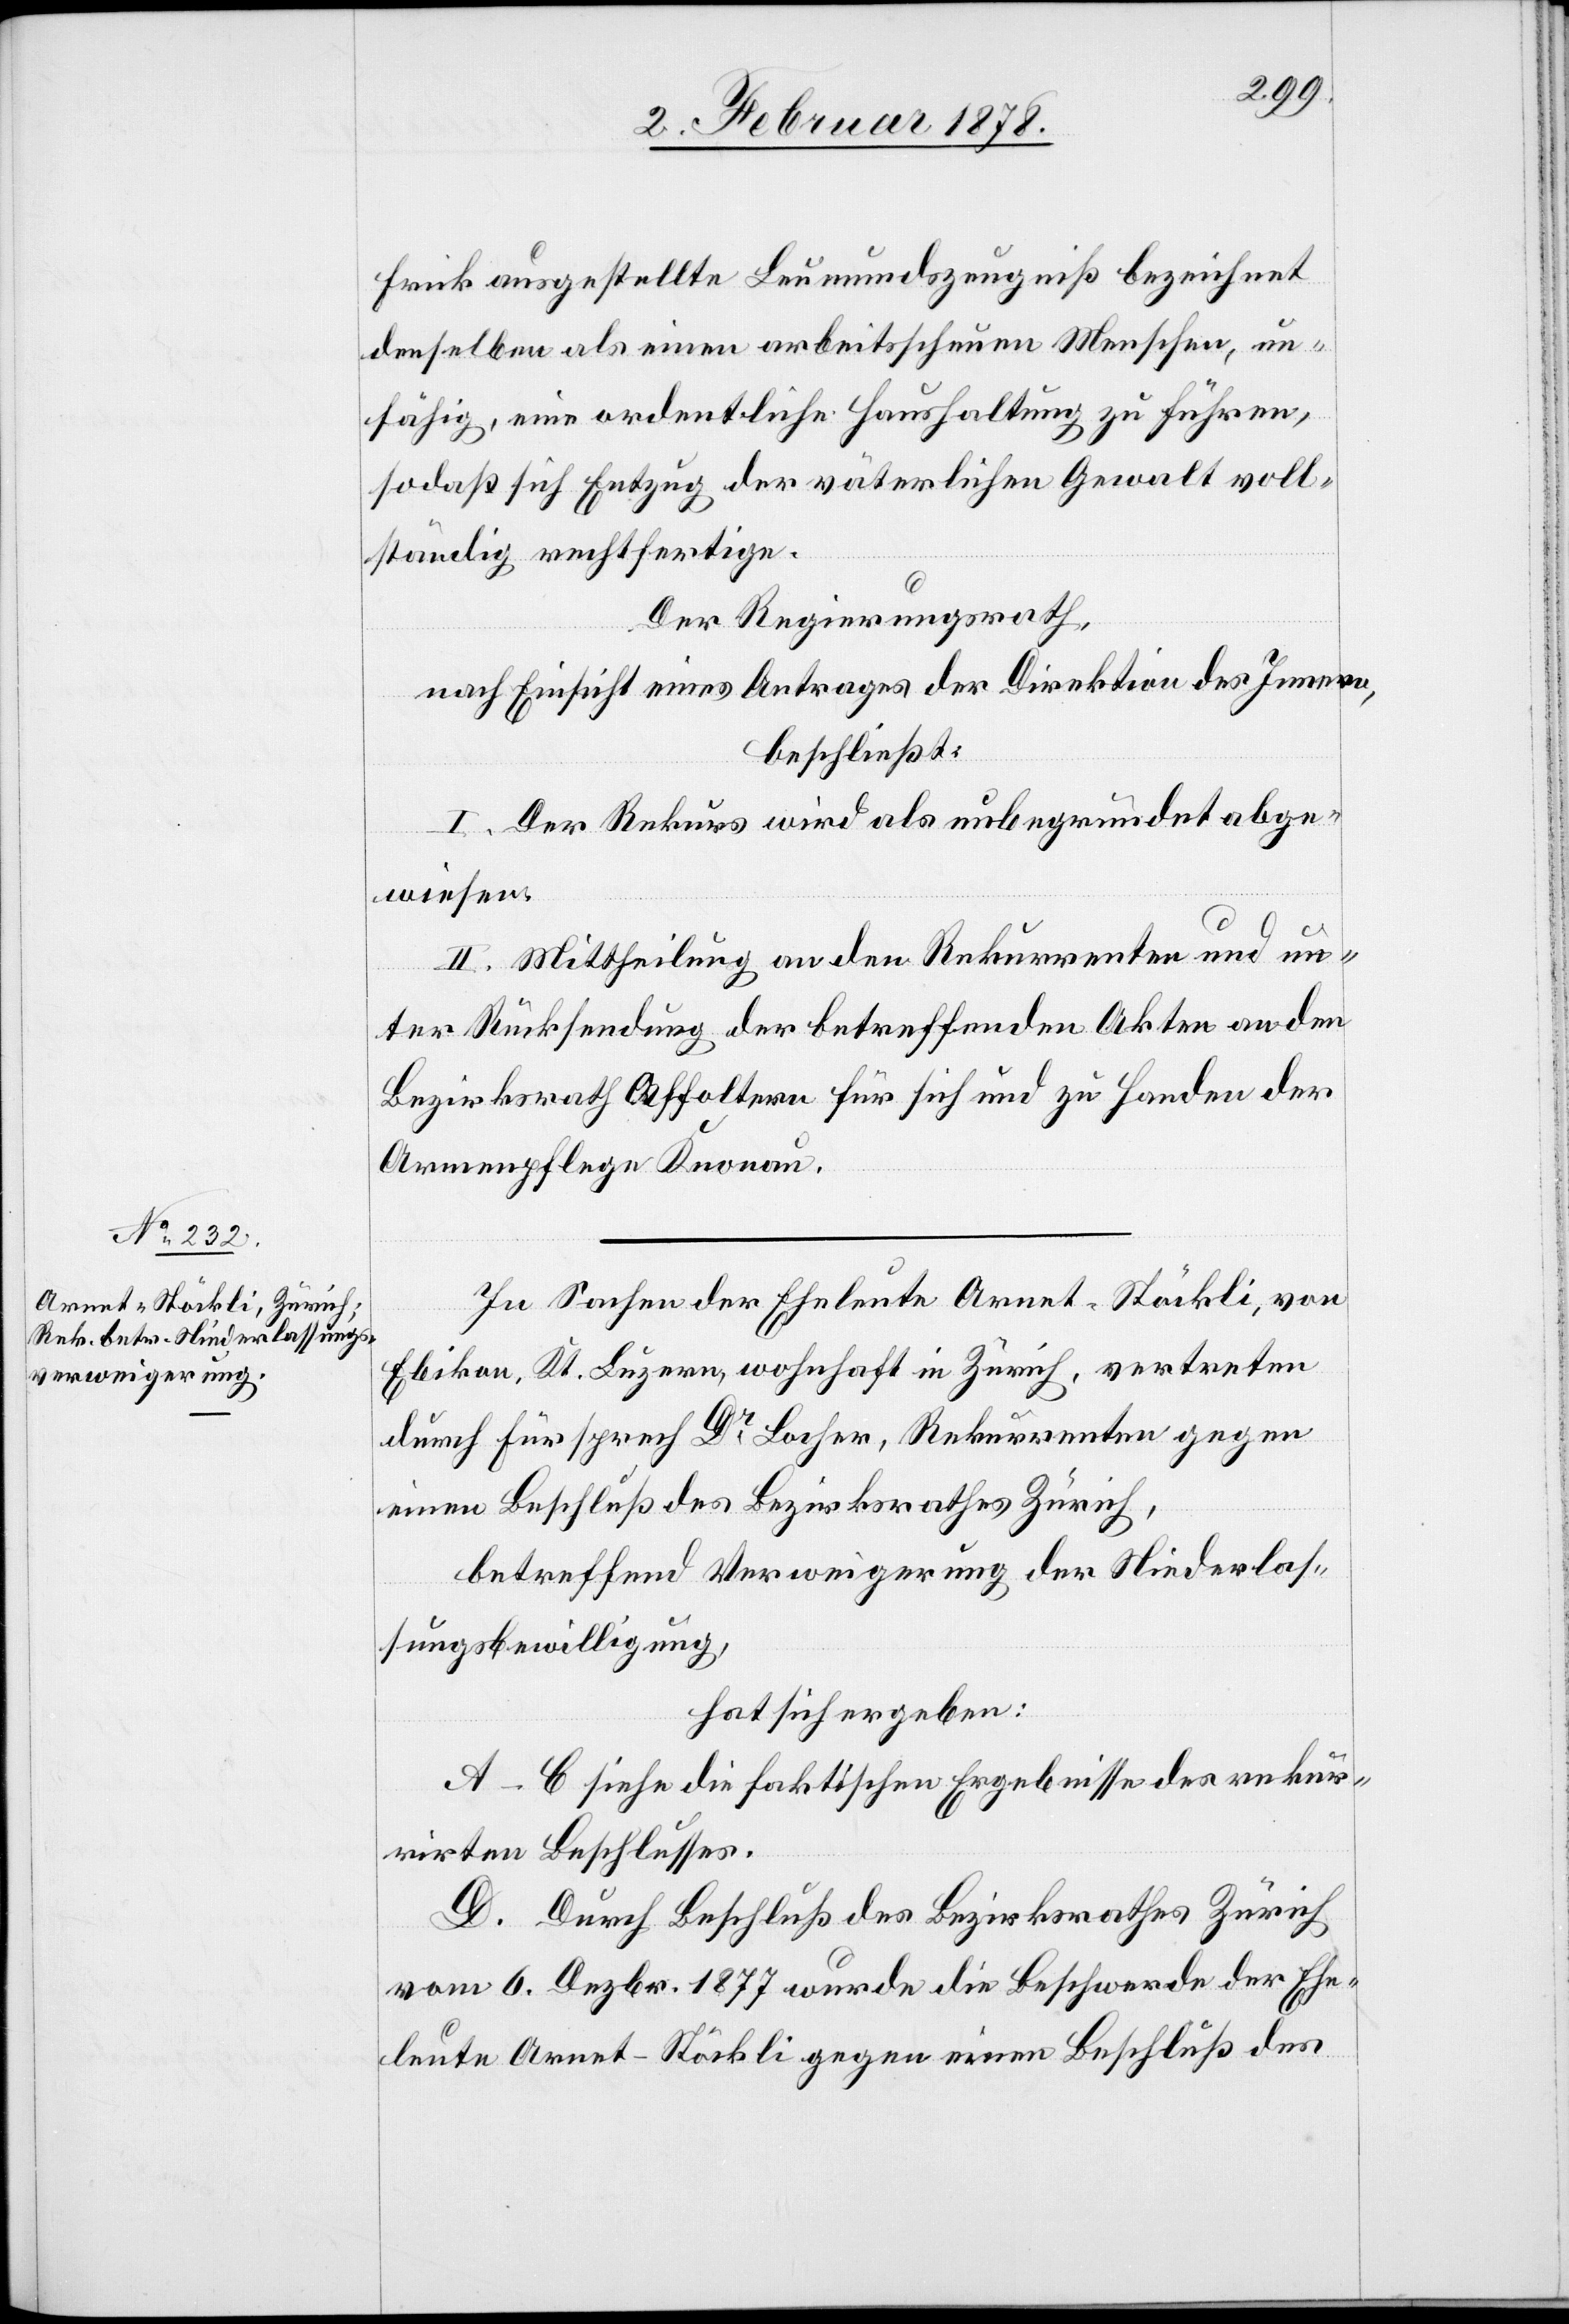
Frick ausgestellte Leumundszeugniß bezeichnet
denselben als einen arbeitsscheuen Menschen, un¬
fähig, eine ordentliche Haushaltung zu führen,
sodaß sich Entzug der väterlichen Gewalt voll¬
ständig rechtfertige.
Der Regierungsrath,
nach Einsicht eines Antrages der Direktion des Innern,
beschließt:
I. Der Rekurs wird als unbegründet abge¬
wiesen.
II. Mittheilung an den Rekurrenten und un¬
ter Rücksendung der betreffenden Akten an den
Bezirksrath Affoltern für sich und zu Handen der
Armenpflege Knonau.
In Sachen der Eheleute Arnet-Stöckli, von
Ebikon, Kt. Luzern, wohnhaft in Zürich, vertreten
durch Fürsprech Dr. Locher, Rekurrenten gegen
einen Beschluß des Bezirksrathes Zürich,
betreffend Verweigerung der Niederlas¬
sungsbewilligung,
hat sich ergeben:
A–C Siehe die faktischen Ergebnisse des rekur¬
rirten Beschlusses.
D. Durch Beschluß des Bezirksrathes Zürich
vom 6. Dezbr. 1877 wurde die Beschwerde der Ehe¬
leute Arnet-Stöckli gegen einen Beschluß des